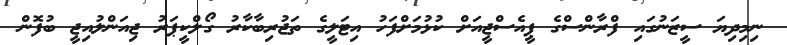
ނިމިދިޔަ ސީޒަނުގައި ފްރާންސްގެ ޕީއެސްޖީއަށް ކުޅުމަށްފަހު އިޓަލީގެ ތަޖުރިބާކާރު ގޯލްކީޕަރު ޖިއަންލުއިޖީ ބުފޮން